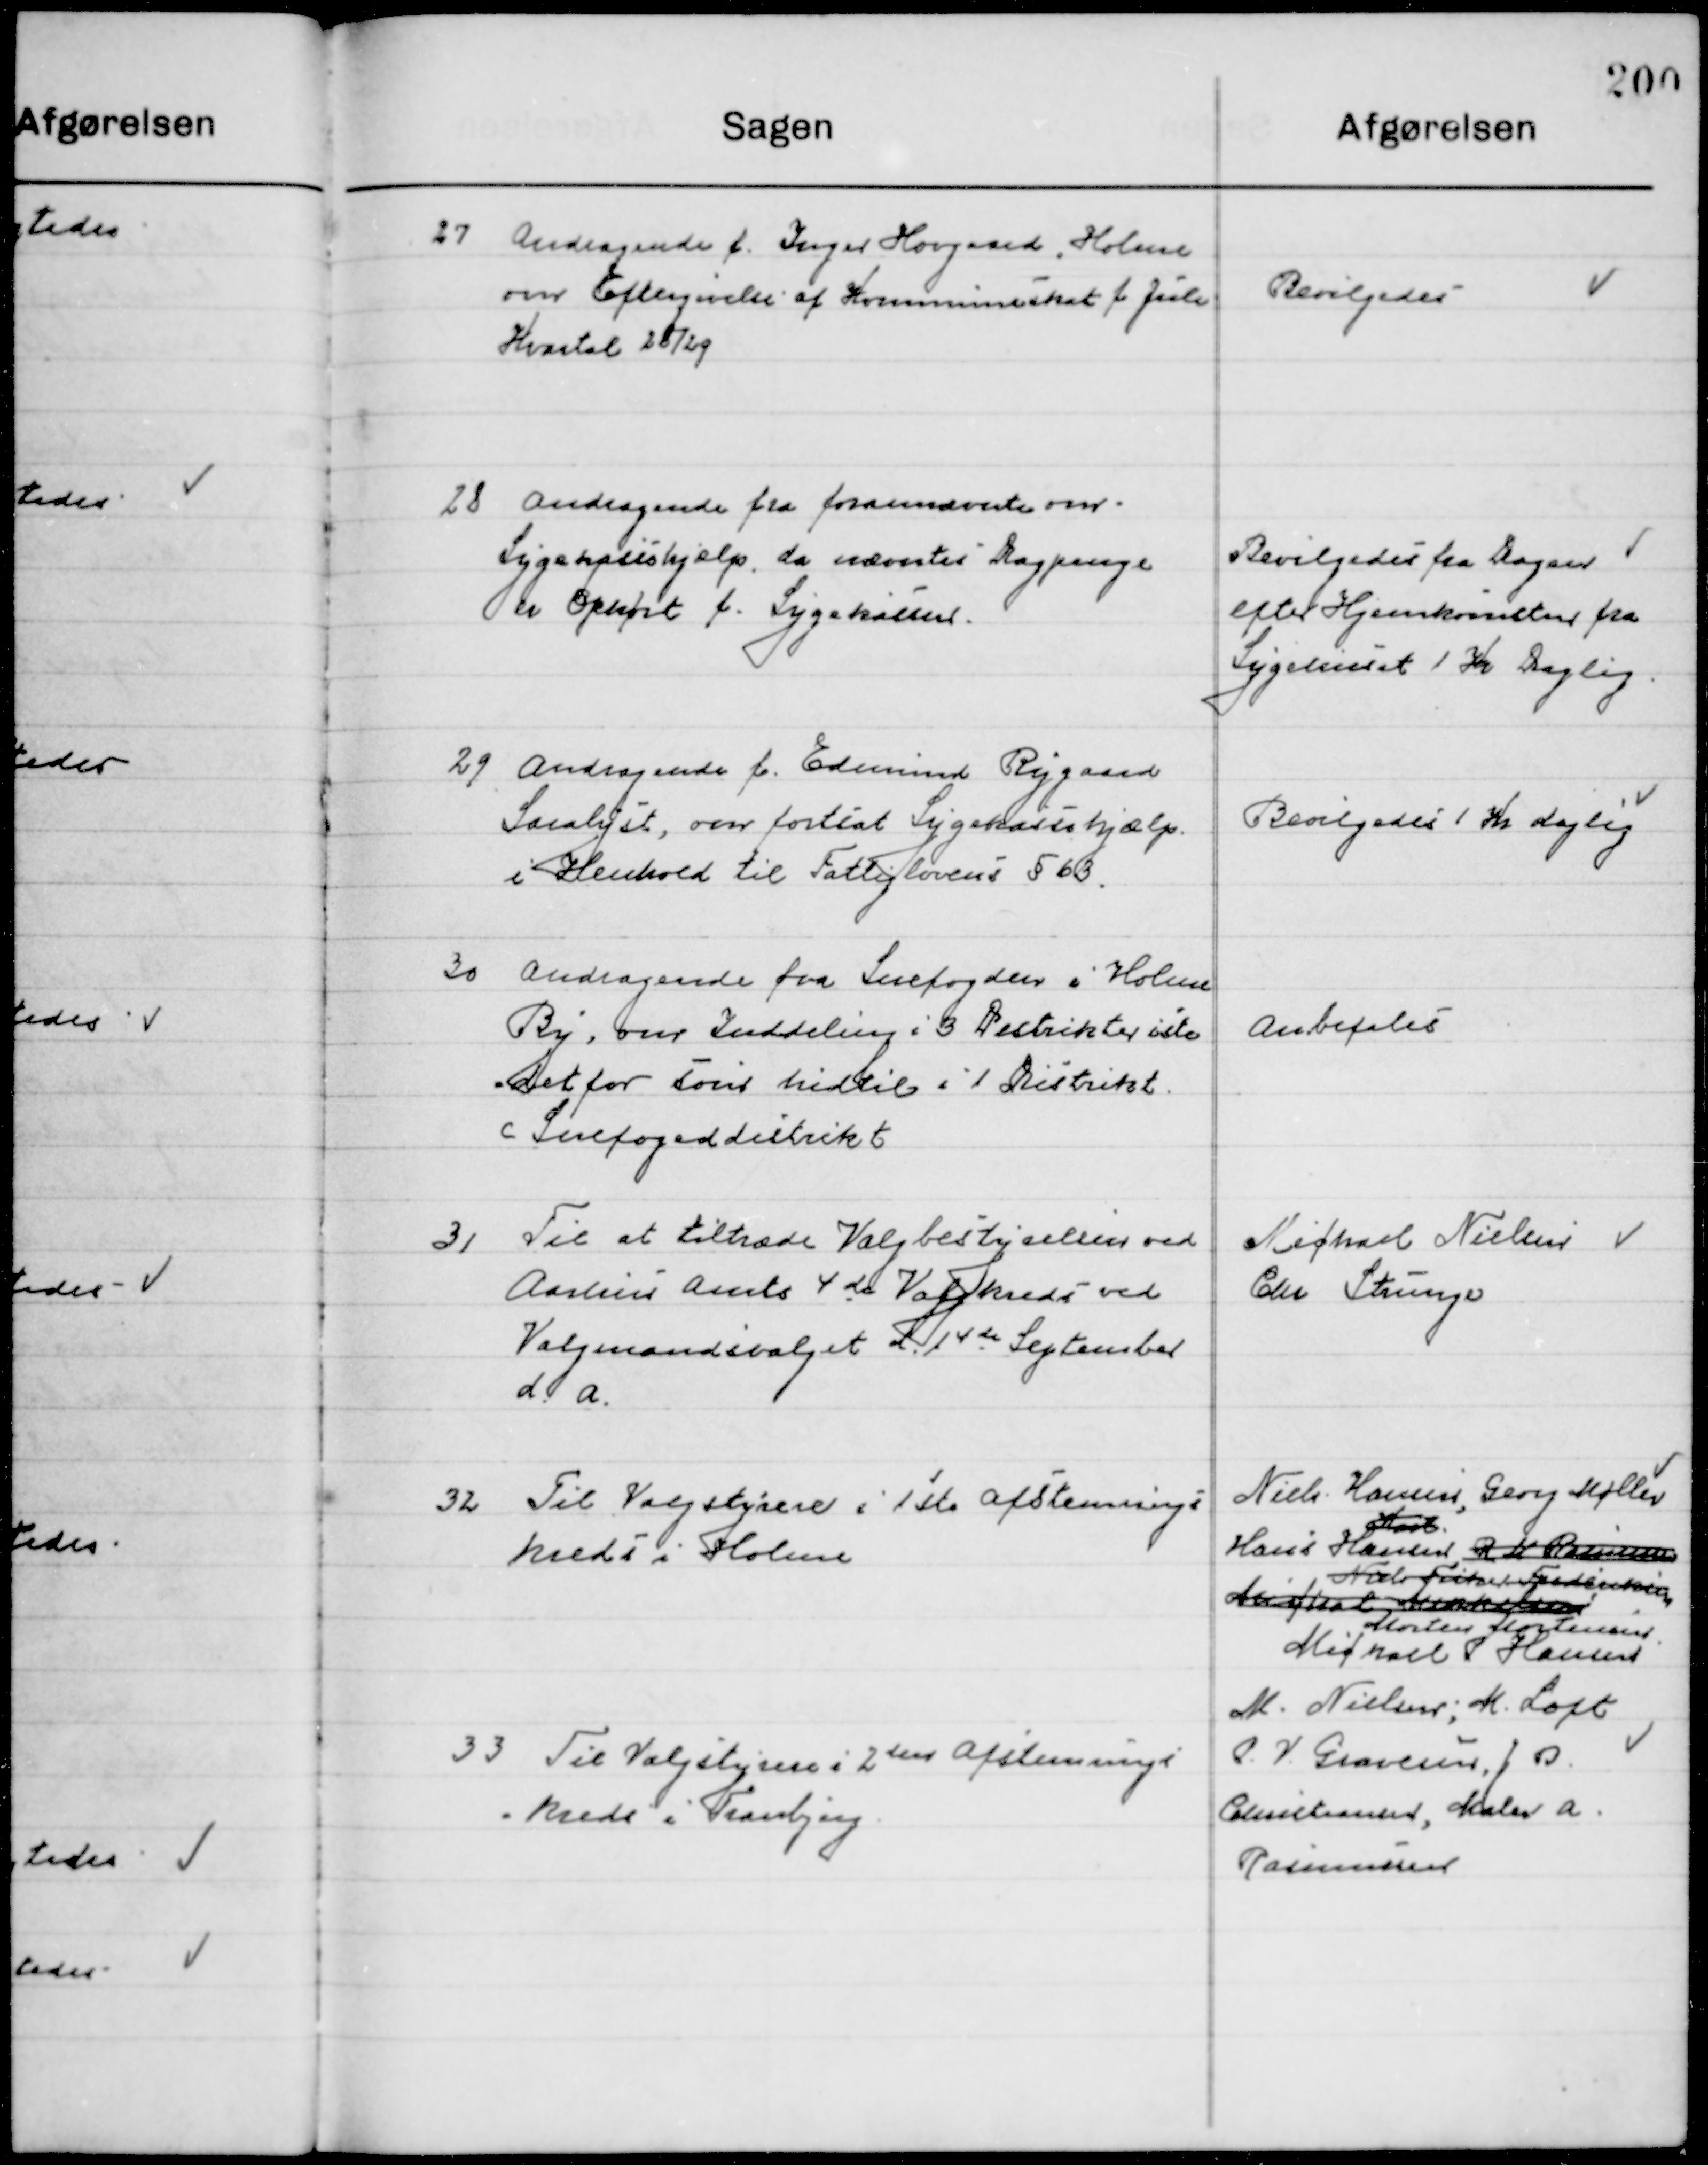
Transskription:
27

Andragende f. Inger Hougaard, Holme
om Eftergivelse af Kommuneskat f. Juli
Kvartal 28/29

Bevilgedes

28

Andragende fra forannævnte om
Sygehushjælp, da nævnte Dagpenge
er Ophørt f. Sygekassen.

Bevilgedes fra Dagen 
Efter Hjemkomsten fra
Sygehuset 1 Kr. Daglig

29

Andragende f. Edmund Rygaard
Saralyst, om fortsat Sygekassehjælp 	
I Henhold til Fattiglovens § 63.

Bevilgedes 1 Kr. Daglig

30

Andragende fra Snefogden i Holme
By, om Inddeling i 3 Distrikter
Det  for som hidtil i 1 Distrikt
c. Snefogeddistrikt

Anbefales

31

Til at tiltræde Valgbestyrelsen ved
Aarhus amt  4ds Valgkreds ved
Valgmandsvalget d. 14de September
d. a.

Michael Nielsen
Chr. Strunge

32

Til Valgstyrelsen i 1. den Afstemnings-
Kreds i Holme

Niels Hansen, Georg Møller
Karl
Hans Hansen R. M. Rasmussen
Niels Fisker Frederiksen 
Michal Mikkelsen
Morten Mortensen
Michael P. Hansen

33

Til Valgstyrelsen i 2. den Afstemnings-
Kreds i Tranbjerg

M. Nielsen, M. Loft
P. V. Gravesen, J. B.
Christiansen, Maler A.
Rasmussen